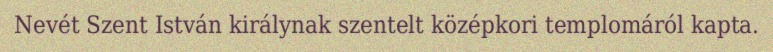
Nevét Szent István királynak szentelt középkori templomáról kapta.